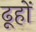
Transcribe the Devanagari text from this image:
ढूहों